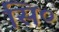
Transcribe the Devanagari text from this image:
सि०